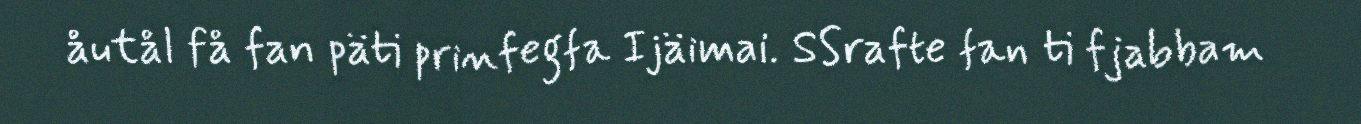
åutål få fan päti prinfegfa Ijäimai. SSrafte fan ti fjabbam